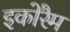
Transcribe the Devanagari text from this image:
इकोरैम